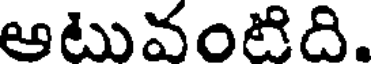
ఆటువంటిది.